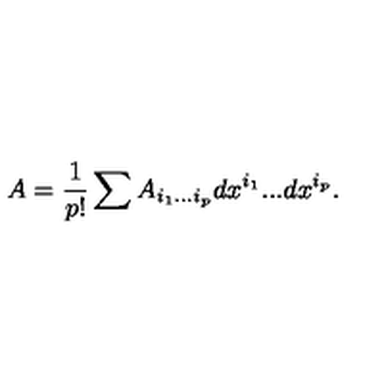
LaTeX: A = { \frac { 1 } { p ! } } \sum A _ { i _ { 1 } . . . i _ { p } } d x ^ { i _ { 1 } } . . . d x ^ { i _ { p } } .